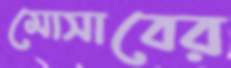
মোসাবের